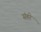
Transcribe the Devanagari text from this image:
संहरे